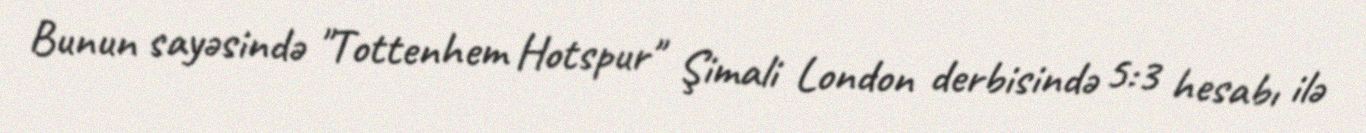
Bunun sayəsində "Tottenhem Hotspur" Şimali London derbisində 5:3 hesabı ilə